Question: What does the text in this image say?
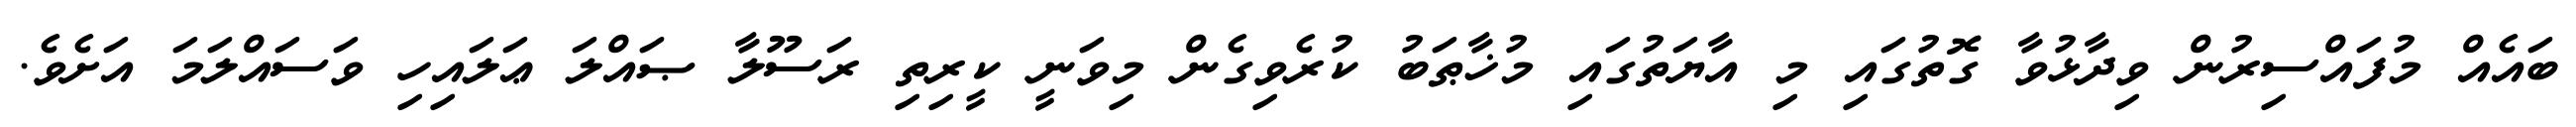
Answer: ބައެއް މުފައްސިރުން ވިދާޅުވާ ގޮތުގައި މި އާޔަތުގައި މުޚާޠަބު ކުރެވިގެން މިވަނީ ކީރިތި ރަސޫލާ ޞައްލަ ޢަލައިހި ވަސައްލަމަ އަށެވެ.